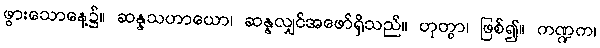
ဖွားသောနေ့၌။ ဆန္နသဟာယော၊ ဆန္နလျှင်အဖော်ရှိသည်။ ဟုတွာ၊ ဖြစ်၍။ ကဏ္ဍက၊